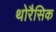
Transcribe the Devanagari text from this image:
थोरैसिक